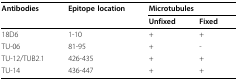
| Antibodies | Epitope location | <COLSPAN=2> Microtubules |
 |  |  | Unfixed | Fixed |
 | --- | --- | --- | --- |
 | 18D6 | 1-10 | + | + |
 | TU-06 | 81-95 | + | - |
 | TU-12/TUB2.1 | 426-435 | + | + |
 | TU-14 | 436-447 | + | + |